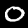
Digit: 0